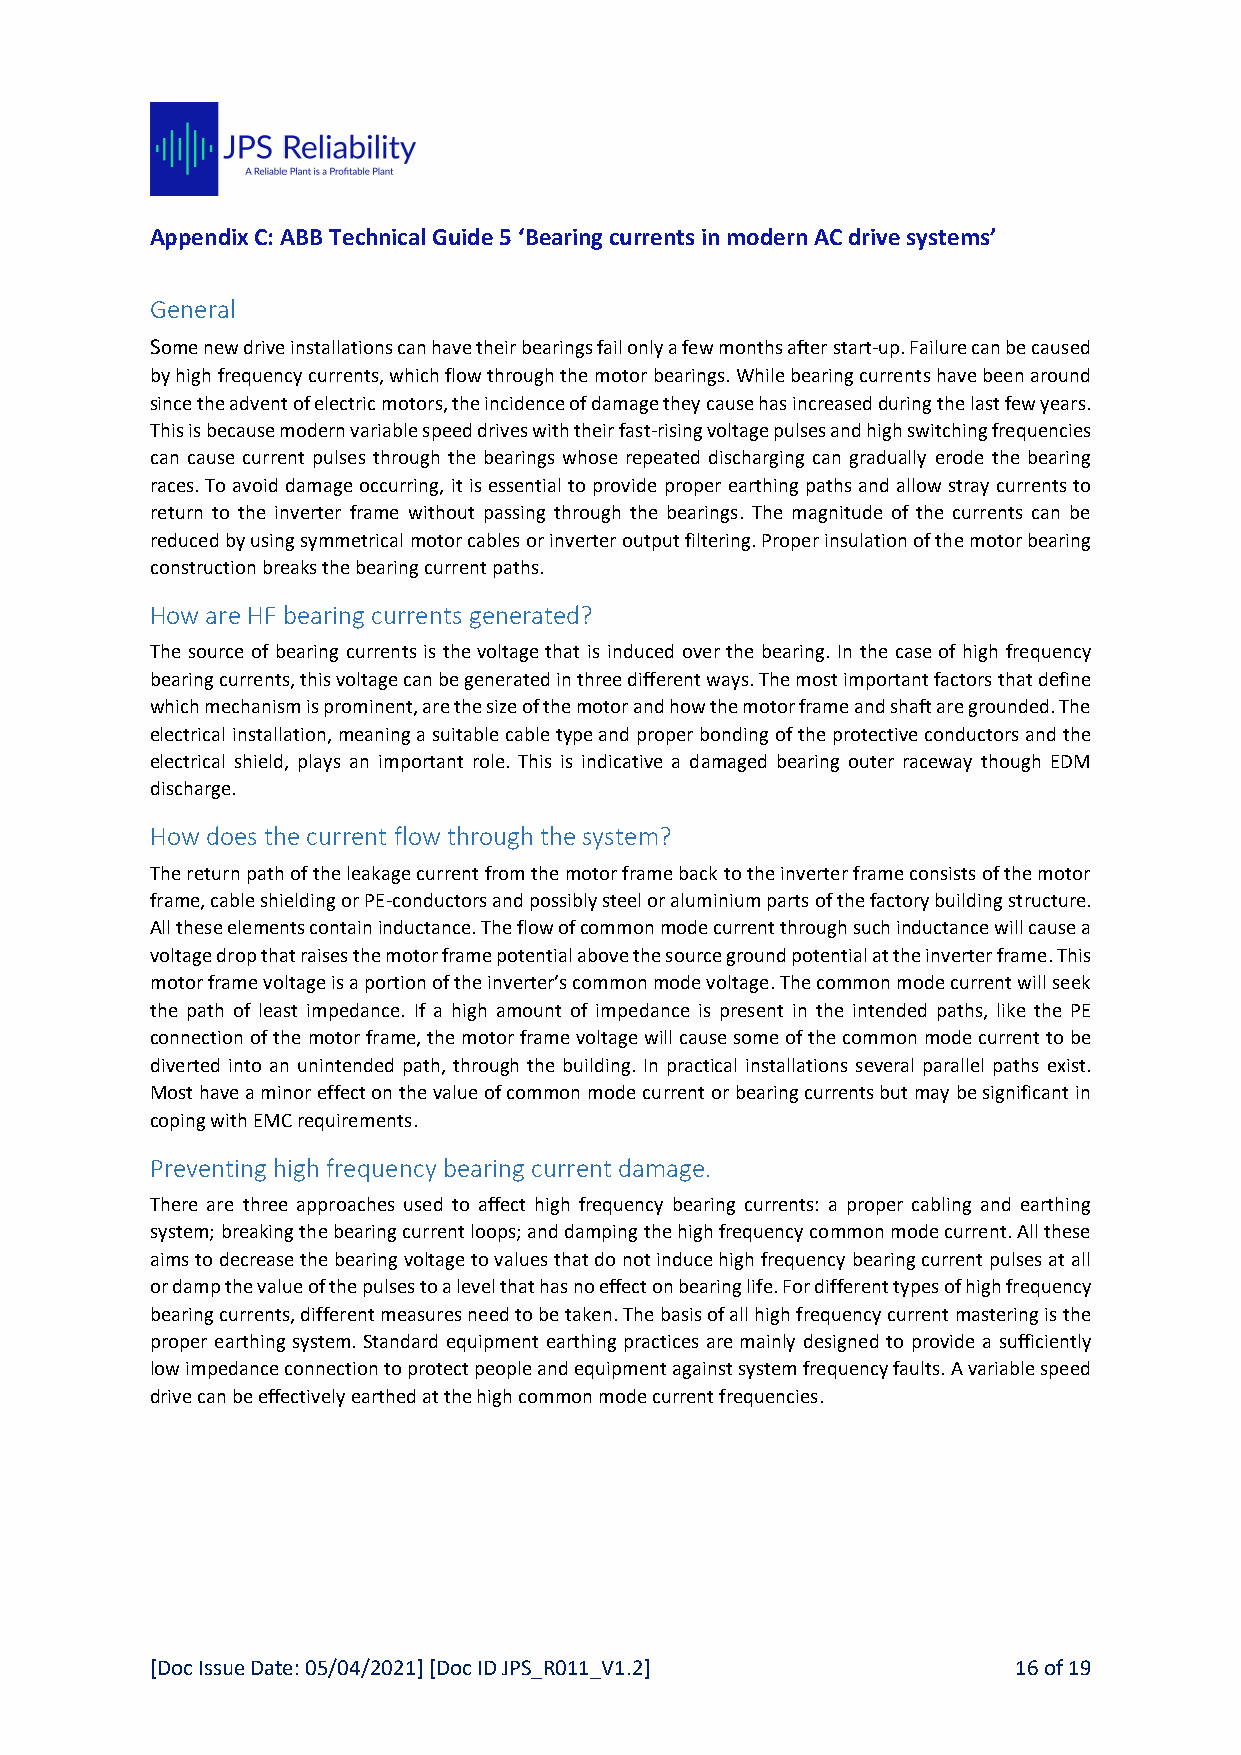
Appendix C: ABB Technical Guide 5 ‘Bearing currents in modern AC drive systems’
 General
 Some new drive installations can have their bearings fail only a few months after start-up. Failure can be caused
 by high frequency currents, which flow through the motor bearings. While bearing currents have been around
 since the advent of electric motors, the incidence of damage they cause has increased during the last few years.
 This is because modern variable speed drives with their fast-rising voltage pulses and high switching frequencies
 can cause current pulses through the bearings whose repeated discharging can gradually erode the bearing
 races. To avoid damage occurring, it is essential to provide proper earthing paths and allow stray currents to
 return to the inverter frame without passing through the bearings. The magnitude of the currents can be
 reduced by using symmetrical motor cables or inverter output filtering. Proper insulation of the motor bearing
 construction breaks the bearing current paths.
 How are HF bearing currents generated?
 The source of bearing currents is the voltage that is induced over the bearing. In the case of high frequency
 bearing currents, this voltage can be generated in three different ways. The most important factors that define
 which mechanism is prominent, are the size of the motor and how the motor frame and shaft are grounded. The
 electrical installation, meaning a suitable cable type and proper bonding of the protective conductors and the
 electrical shield, plays an important role. This is indicative a damaged bearing outer raceway though EDM
 discharge.
 How does the current flow through the system?
 The return path of the leakage current from the motor frame back to the inverter frame consists of the motor
 frame, cable shielding or PE-conductors and possibly steel or aluminium parts of the factory building structure.
 All these elements contain inductance. The flow of common mode current through such inductance will cause a
 voltage drop that raises the motor frame potential above the source ground potential at the inverter frame. This
 motor frame voltage is a portion of the inverter’s common mode voltage. The common mode current will seek
 the path of least impedance. If a high amount of impedance is present in the intended paths, like the PE
 connection of the motor frame, the motor frame voltage will cause some of the common mode current to be
 diverted into an unintended path, through the building. In practical installations several parallel paths exist.
 Most have a minor effect on the value of common mode current or bearing currents but may be significant in
 coping with EMC requirements.
 Preventing high frequency bearing current damage.
 There are three approaches used to affect high frequency bearing currents: a proper cabling and earthing
 system; breaking the bearing current loops; and damping the high frequency common mode current. All these
 aims to decrease the bearing voltage to values that do not induce high frequency bearing current pulses at all
 or damp the value of the pulses to a level that has no effect on bearing life. For different types of high frequency
 bearing currents, different measures need to be taken. The basis of all high frequency current mastering is the
 proper earthing system. Standard equipment earthing practices are mainly designed to provide a sufficiently
 low impedance connection to protect people and equipment against system frequency faults. A variable speed
 drive can be effectively earthed at the high common mode current frequencies.
 [Doc Issue Date: 05/04/2021] [Doc ID JPS_R011_V1.2]      16 of 19